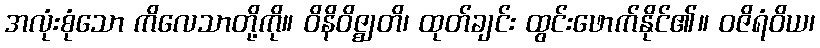
အလုံးစုံသော ကိလေသာတို့ကို။ ဝိနိဝိဇ္ဈတိ၊ ထုတ်ချင်း ထွင်းဖောက်နိုင်၏။ ဝဇိရံဝိယ၊